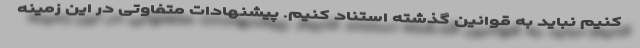
کنیم نباید به قوانین گذشته استناد کنیم. پیشنهادات متفاوتی در این زمینه